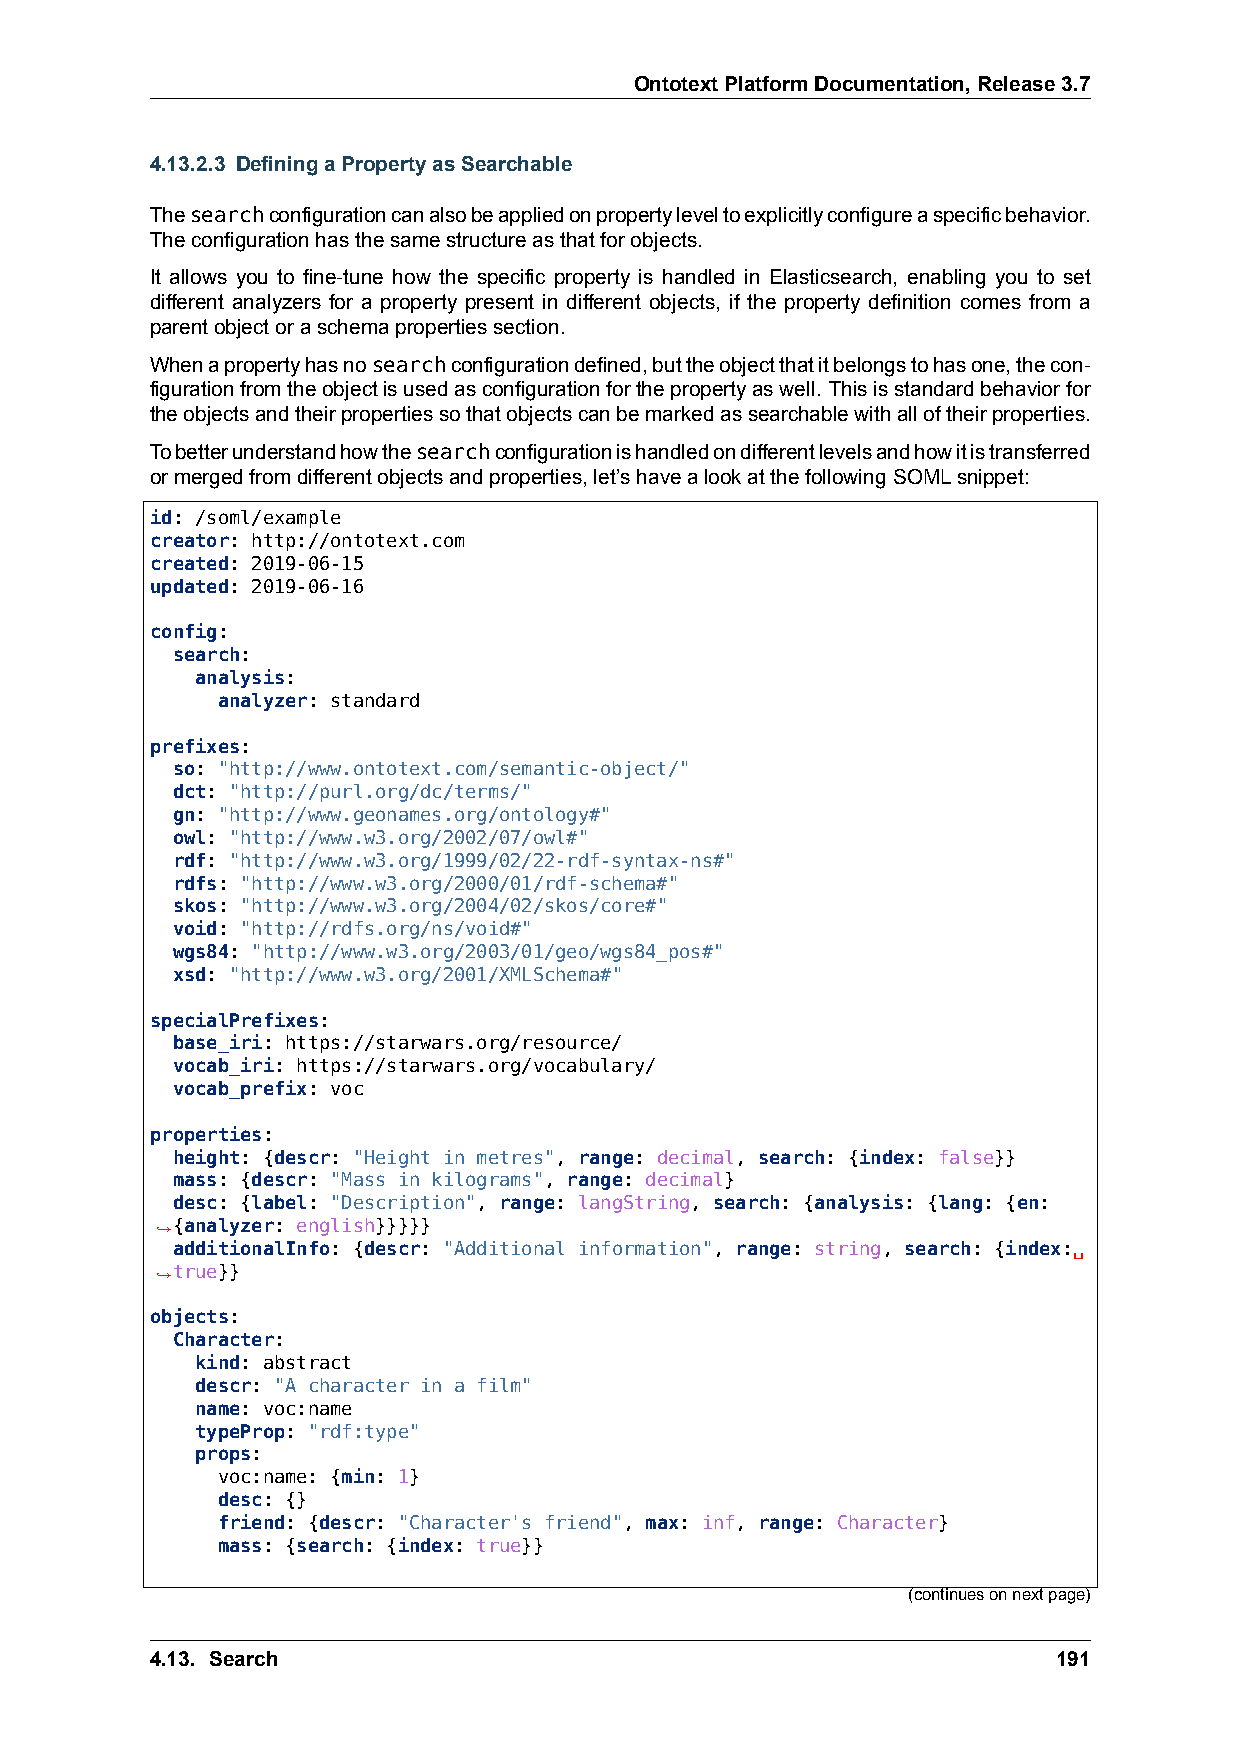
OntotextPlatformDocumentation,Release3.7
 4.13.2.3 DefiningaPropertyasSearchable
 Thesearchconfigurationcanalsobeappliedonpropertyleveltoexplicitlyconfigureaspecificbehavior.
 Theconfigurationhasthesamestructureasthatforobjects.
 It allows you to fine-tune how the specific property is handled in Elasticsearch, enabling you to set
 different analyzers for a property present in different objects, if the property definition comes from a
 parentobjectoraschemapropertiessection.
 Whenapropertyhasnosearchconfigurationdefined,buttheobjectthatitbelongstohasone,thecon-
 figurationfromtheobjectisusedasconfigurationforthepropertyaswell. Thisisstandardbehaviorfor
 theobjectsandtheirpropertiessothatobjectscanbemarkedassearchablewithalloftheirproperties.
 Tobetterunderstandhowthesearchconfigurationishandledondifferentlevelsandhowitistransferred
 ormergedfromdifferentobjectsandproperties,let’shavealookatthefollowingSOMLsnippet:
 id: /soml/example
 creator: http://ontotext.com
 created: 2019-06-15
 updated: 2019-06-16
 config:
 search:
 analysis:
 analyzer: standard
 prefixes:
 so: "http://www.ontotext.com/semantic-object/"
 dct: "http://purl.org/dc/terms/"
 gn: "http://www.geonames.org/ontology#"
 owl: "http://www.w3.org/2002/07/owl#"
 rdf: "http://www.w3.org/1999/02/22-rdf-syntax-ns#"
 rdfs: "http://www.w3.org/2000/01/rdf-schema#"
 skos: "http://www.w3.org/2004/02/skos/core#"
 void: "http://rdfs.org/ns/void#"
 wgs84: "http://www.w3.org/2003/01/geo/wgs84_pos#"
 xsd: "http://www.w3.org/2001/XMLSchema#"
 specialPrefixes:
 base_iri: https://starwars.org/resource/
 vocab_iri: https://starwars.org/vocabulary/
 vocab_prefix: voc
 properties:
 height: {descr: "Height in metres", range: decimal, search: {index: false}}
 mass: {descr: "Mass in kilograms", range: decimal}
 desc: {label: "Description", range: langString, search: {analysis: {lang: {en:
 ,→{analyzer: english}}}}}
 additionalInfo: {descr: "Additional information", range: string, search: {index:␣
 ,→true}}
 objects:
 Character:
 kind: abstract
 descr: "A character in a film"
 name: voc:name
 typeProp: "rdf:type"
 props:
 voc:name: {min: 1}
 desc: {}
 friend: {descr: "Character's friend", max: inf, range: Character}
 mass: {search: {index: true}}
 (continuesonnextpage)
 4.13. Search                                                191